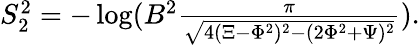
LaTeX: \begin{array}{r}{S_{2}^{2}=-\log(B^{2}\frac{\pi}{\sqrt{4(\Xi-\Phi^{2})^{2}-(2\Phi^{2}+\Psi)^{2}}}).}\end{array}